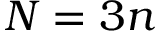
N = 3 n